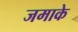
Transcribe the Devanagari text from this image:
जमाके